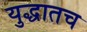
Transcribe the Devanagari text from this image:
युद्धातच